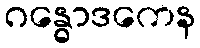
ဂန္ဓောဒကေန